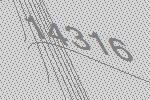
14316